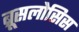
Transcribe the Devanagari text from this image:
ब्रूसलोसिस